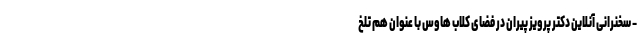
- سخنرانی آنلاین دکتر پرویز پیران در فضای کلاب هاوس با عنوان هم تلخ